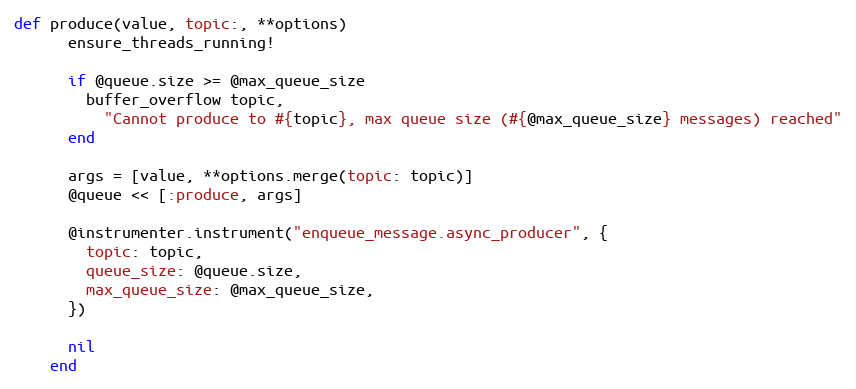
Language: Ruby
def produce(value, topic:, **options)
      ensure_threads_running!

      if @queue.size >= @max_queue_size
        buffer_overflow topic,
          "Cannot produce to #{topic}, max queue size (#{@max_queue_size} messages) reached"
      end

      args = [value, **options.merge(topic: topic)]
      @queue << [:produce, args]

      @instrumenter.instrument("enqueue_message.async_producer", {
        topic: topic,
        queue_size: @queue.size,
        max_queue_size: @max_queue_size,
      })

      nil
    end